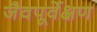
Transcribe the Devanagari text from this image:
जैवपूर्वेक्षण